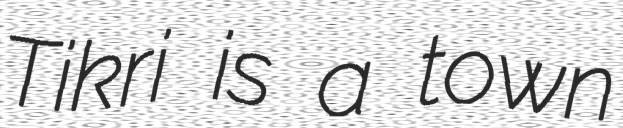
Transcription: Tikri is a town